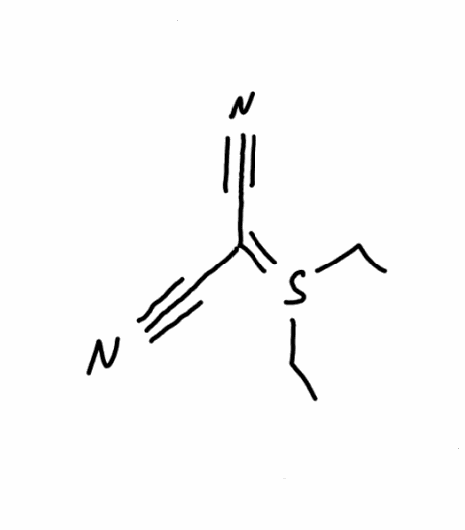
Simplified molecular-input line-entry system (SMILES) notation of the given molecule:
CCS(=C(C#N)C#N)CC